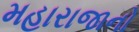
મહારાજાનો